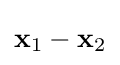
\mathbf {x} _{1}-\mathbf {x} _{2}